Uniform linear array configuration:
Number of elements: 32
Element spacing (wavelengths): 0.75
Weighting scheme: hamming
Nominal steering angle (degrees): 45
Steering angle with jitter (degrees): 43.286
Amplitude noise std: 0.05
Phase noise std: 0.05

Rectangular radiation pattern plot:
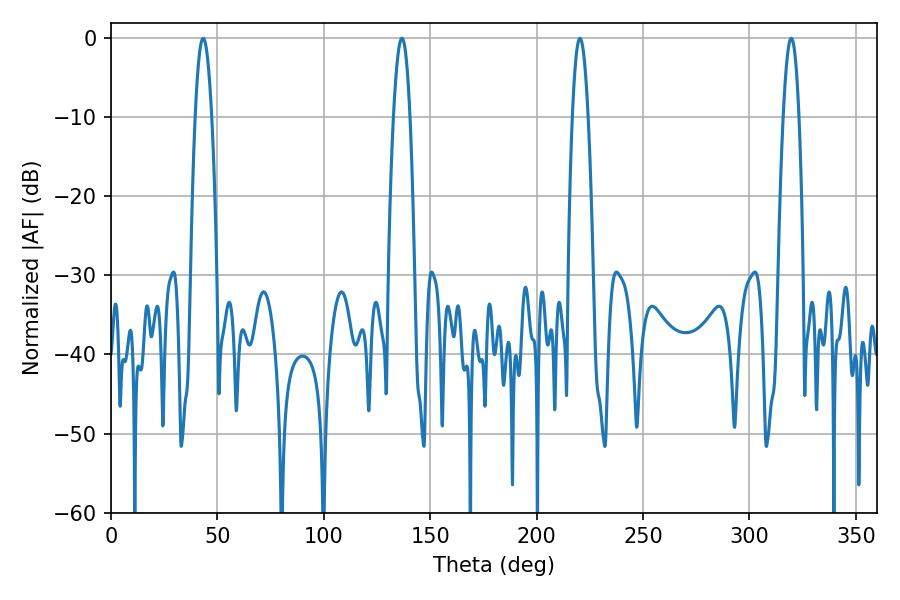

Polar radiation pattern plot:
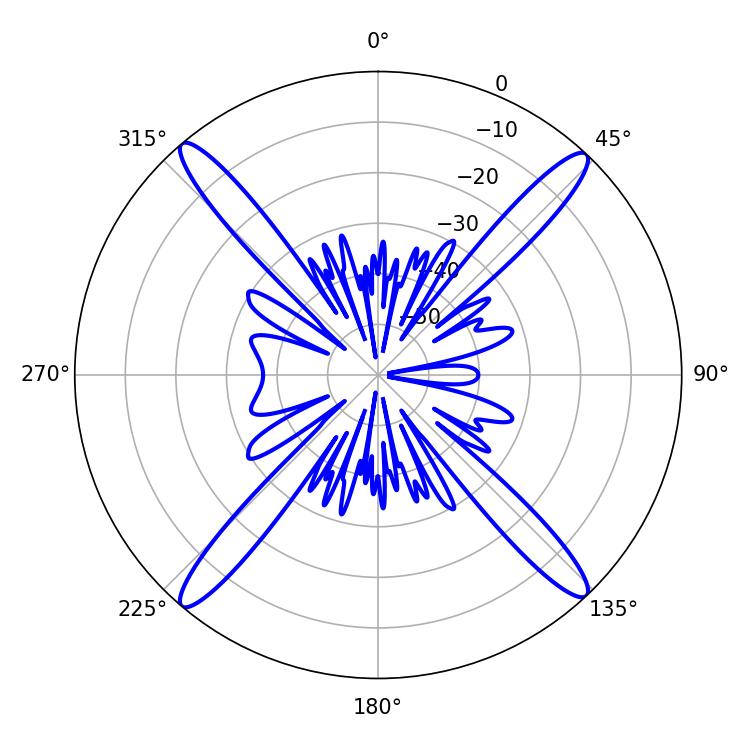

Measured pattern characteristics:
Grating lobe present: TRUE
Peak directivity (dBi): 22.688
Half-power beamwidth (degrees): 4.14
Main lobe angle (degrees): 220.32